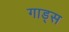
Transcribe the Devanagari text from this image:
गाड्स